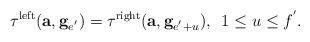
LaTeX: \begin{align*}\tau^{\mathrm{left}}(\textbf{a},\textbf{g}_{e^{'}})=\tau^{\mathrm{right}}(\textbf{a},\textbf{g}_{e^{'}+u}),\,\,\,1\leq u\leq f^{'}.\end{align*}